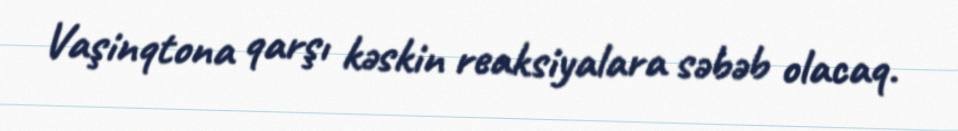
Vaşinqtona qarşı kəskin reaksiyalara səbəb olacaq.